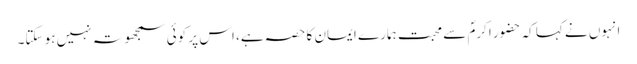
انہوں نے کہا کہ حضور اکرمؐ سے محبت ہمارے ایمان کا حصہ ہے، اس پر کوئی سمجھوتہ نہیں ہو سکتا۔